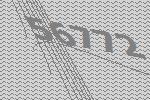
56772